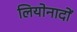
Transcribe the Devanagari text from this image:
लियोनादों